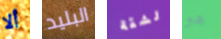
ألا البليد لشقة هو